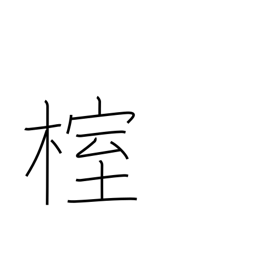
Meaning: needle juniper